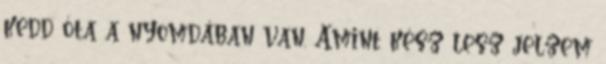
kedd óta a nyomdában van. Amint kész lesz jelzem